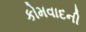
કોમવાદની